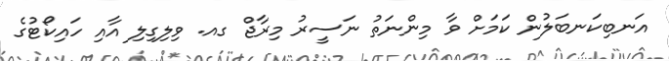
އަނބިކަނބަލުން ކަމަށް ވާ މިންނަތު ނަސީރު މިރާޖް ގއ. ވިލިގިލި އާއި ހައިކޯޓުގެ